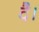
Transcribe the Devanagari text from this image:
दै।